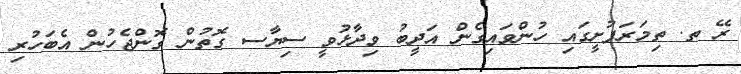
ރޭ ތ. ތިމަރަފުށީގައި ހުންވައިގެން އަދީބު ވިދާޅުވީ ސިޔާސ ގޮތުން ގޮންޖެހުން އެބަހުރި